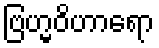
ဗြဟ္မဝိဟာရော